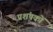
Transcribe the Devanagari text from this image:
प्रशंषकों